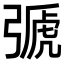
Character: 𢐋